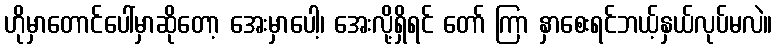
ဟိုမှာတောင်ပေါ်မှာဆိုတော့ အေးမှာပေါ့၊ အေးလို့ရှိရင် တော် ကြာ နှာစေးရင်ဘယ့်နှယ်လုပ်မလဲ။